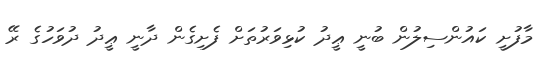
މާފުށީ ކައުންސިލުން ބުނީ ޢީދު ކުޅިވަރުތަށް ފެށިގެން ދާނީ ޢީދު ދުވަހުގެ ރޭ